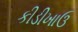
કીડીખાઉ